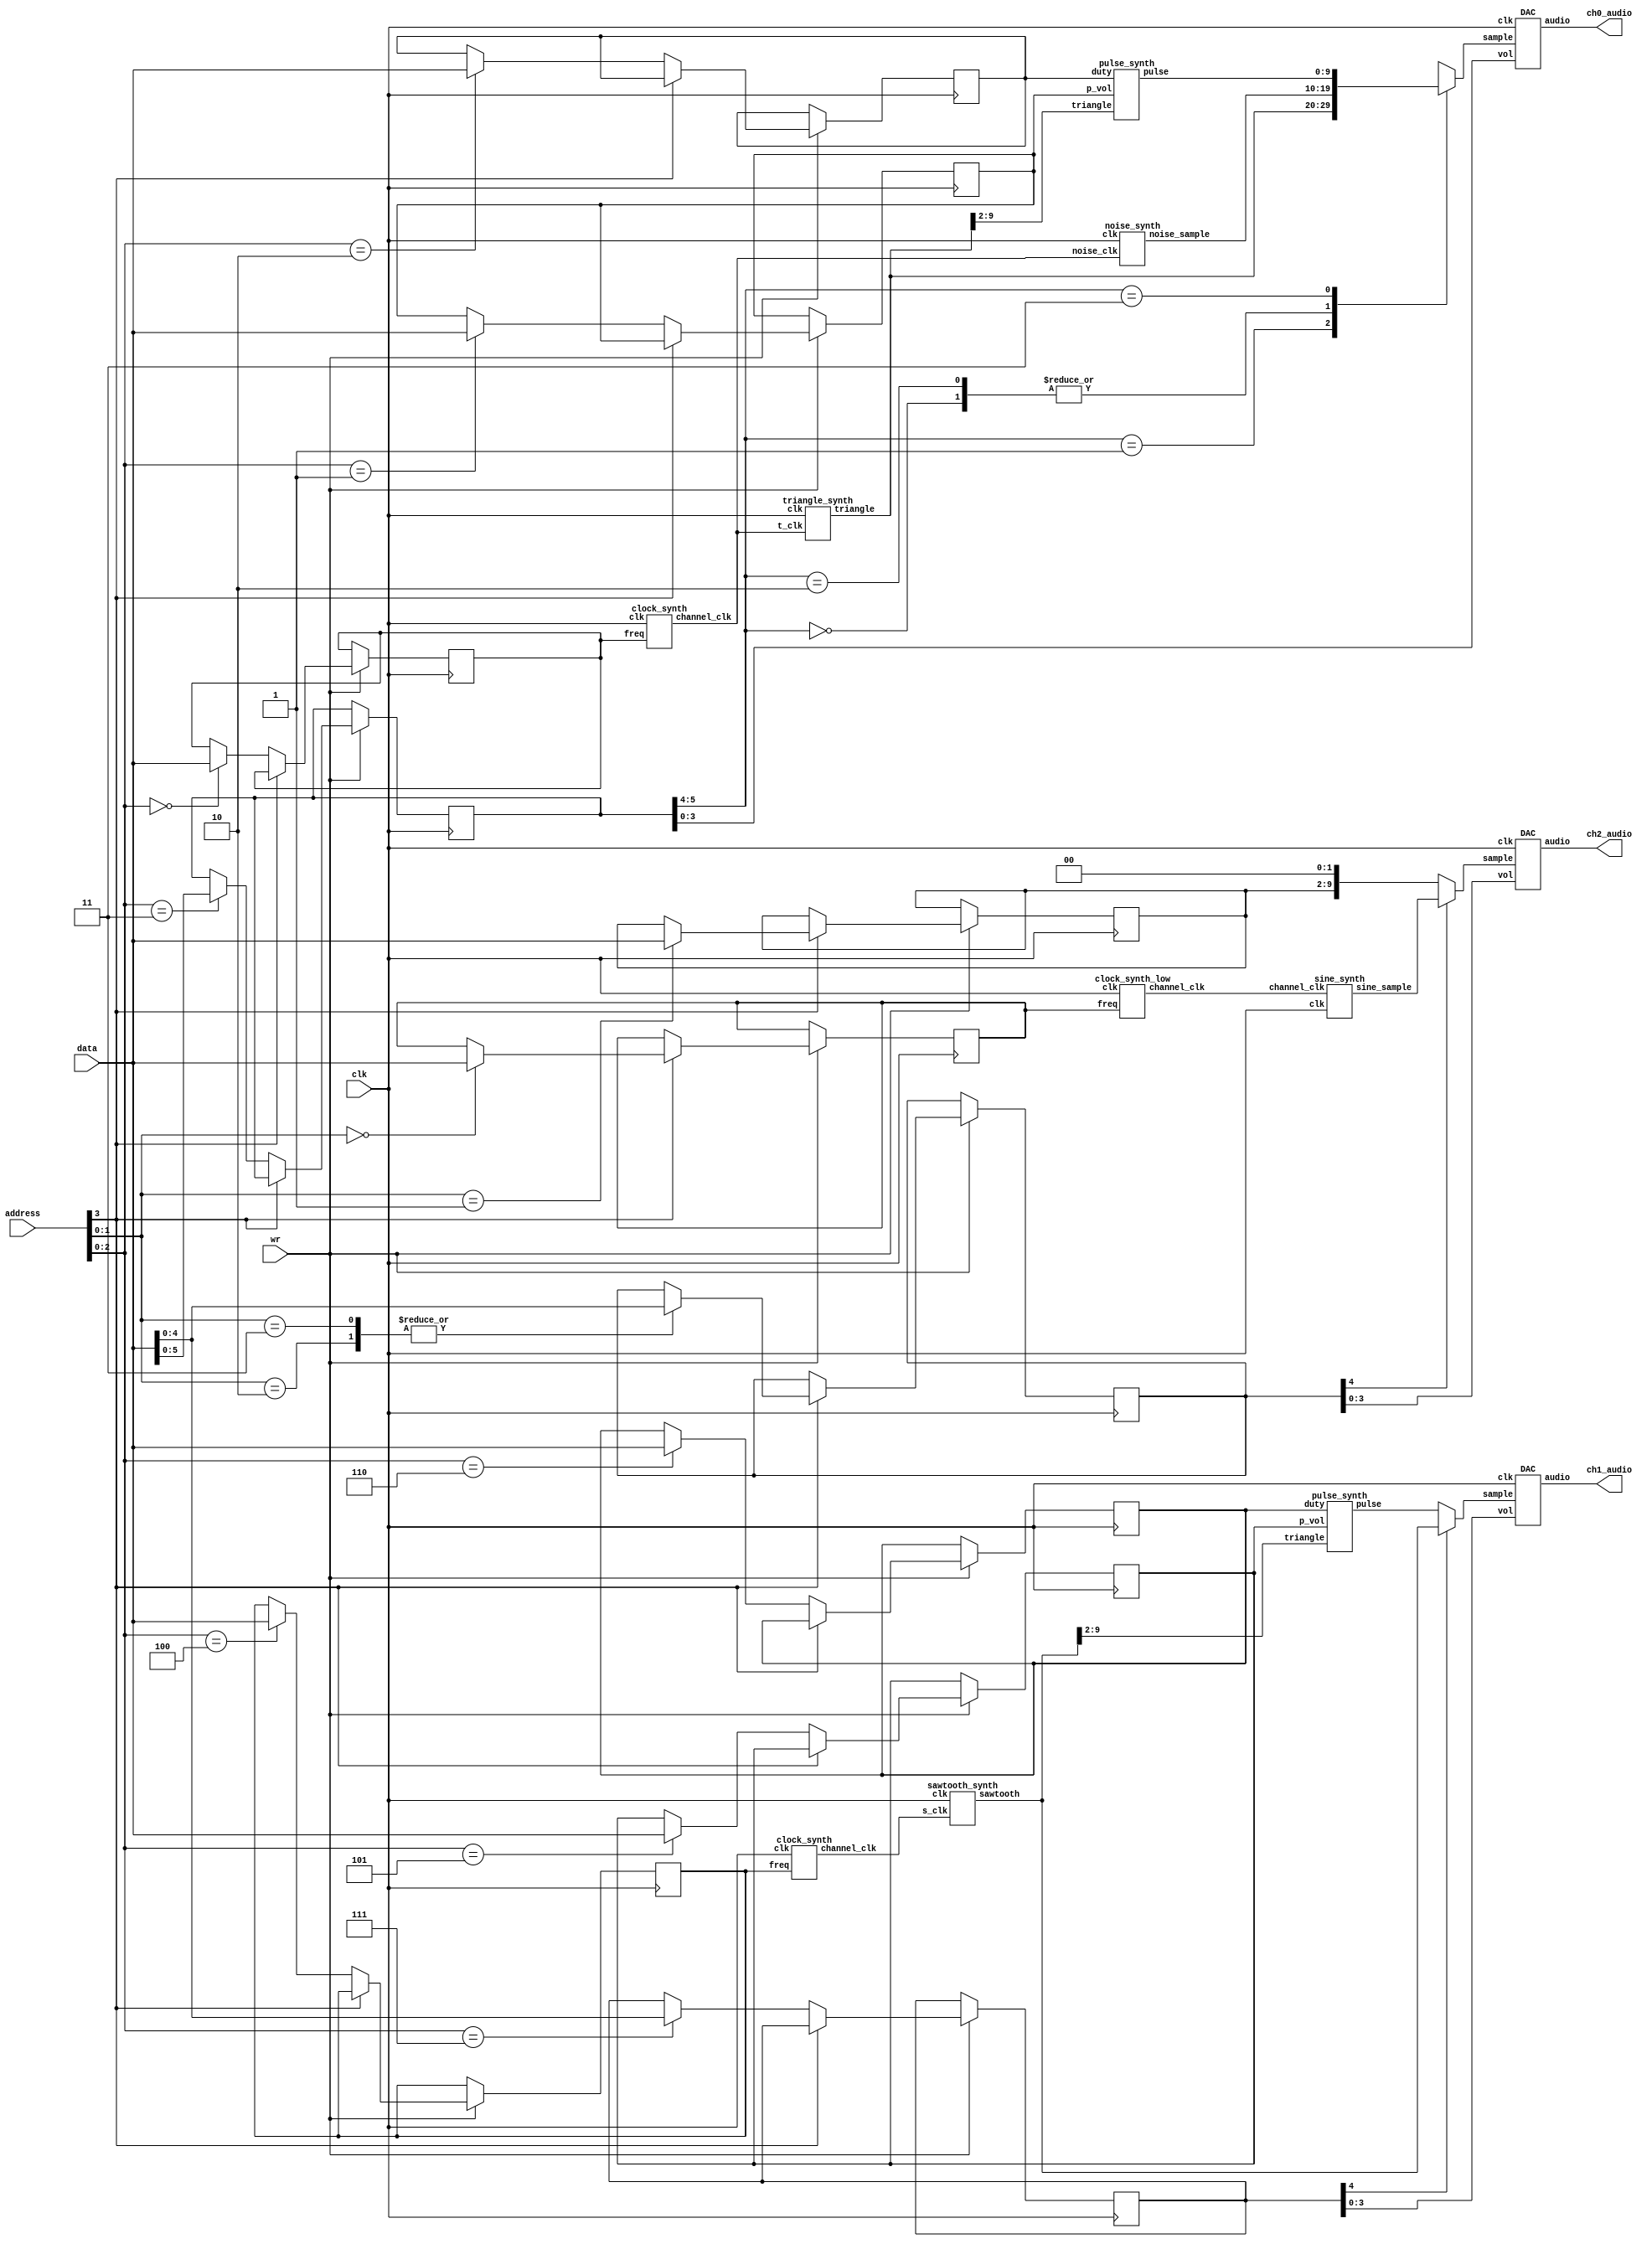
module top_level(input wire clk, input wire[7:0] data, input wire[3:0] address, input wire wr, output wire[3:0] ch0_audio, ch1_audio, ch2_audio);
reg[9:0] active_sample0;
reg[9:0] active_sample1;
reg[9:0] active_sample2;
wire[9:0] triangle_sample;
wire[9:0] sawtooth_sample;
wire[9:0] noise_sample;
wire[9:0] ch0_pulse_sample;
wire[9:0] ch1_pulse_sample;
wire[9:0] sine_sample;
wire channel0_clk;
wire channel1_clk;
wire channel2_clk;
reg[7:0] ch0_freq;
reg[7:0] ch0_p_vol;
reg[7:0] ch0_duty;
reg[5:0] ch0_ctrl;
reg[7:0] ch1_freq;
reg[7:0] ch1_p_vol;
reg[7:0] ch1_duty;
reg[4:0] ch1_ctrl;
reg[7:0] ch2_freq;
reg[7:0] ch2_sample;
reg[4:0] ch2_ctrl;

always @(posedge clk)
begin
	if(wr)
	begin
		if(~address[3])
			case(address[2:0])
			3'b000: ch0_freq <= data;
			3'b001: ch0_p_vol <= data;
			3'b010: ch0_duty <= data;
			3'b011: ch0_ctrl <= data[5:0];
			3'b100: ch1_freq <= data;
			3'b101: ch1_p_vol <= data;
			3'b110: ch1_duty <= data;
			3'b111: ch1_ctrl <= data[4:0];
			endcase
		else
			case(address[1:0])
			2'b00: ch2_freq <= data;
			2'b01: ch2_sample <= data;
			2'b10: ch2_ctrl <= data[4:0];
			2'b11: ch2_ctrl <= data[4:0];
			endcase
	end
end

always @(*)
begin
	case(ch0_ctrl[5:4])
	2'b00: active_sample0 = noise_sample;
	2'b01: active_sample0 = triangle_sample;
	2'b10: active_sample0 = noise_sample;
	2'b11: active_sample0 = ch0_pulse_sample;
	endcase
	if(ch1_ctrl[4])
		active_sample1 = sawtooth_sample;
	else
		active_sample1 = ch1_pulse_sample;
	if(ch2_ctrl[4])
		active_sample2 = sine_sample;
	else
		active_sample2 = {ch2_sample, 2'b00};
end

clock_synth csynth0(.clk(clk), .freq(ch0_freq), .channel_clk(channel0_clk));
DAC DAC0_inst(.sample(active_sample0), .clk(clk), .vol(ch0_ctrl[3:0]), .audio(ch0_audio));
triangle_synth tsynth0(.clk(clk), .t_clk(channel0_clk), .triangle(triangle_sample));
pulse_synth psynth0(.duty(ch0_duty), .triangle(triangle_sample[9:2]), .p_vol(ch0_p_vol), .pulse(ch0_pulse_sample));
noise_synth nsynth0(.clk(clk), .noise_clk(channel0_clk), .noise_sample(noise_sample));

clock_synth csynth1(.clk(clk), .freq(ch1_freq), .channel_clk(channel1_clk));
DAC DAC1_inst(.sample(active_sample1), .clk(clk), .vol(ch1_ctrl[3:0]), .audio(ch1_audio));
sawtooth_synth ssynth1(.clk(clk), .s_clk(channel1_clk), .sawtooth(sawtooth_sample));
pulse_synth psynth1(.duty(ch1_duty), .triangle(sawtooth_sample[9:2]), .p_vol(ch1_p_vol), .pulse(ch1_pulse_sample));

clock_synth_low csynth2(.clk(clk), .freq(ch2_freq), .channel_clk(channel2_clk));
DAC DAC2_inst(.sample(active_sample2), .clk(clk), .vol(ch2_ctrl[3:0]), .audio(ch2_audio));
sine_synth isynth2(.clk(clk), .channel_clk(channel2_clk), .sine_sample(sine_sample));
endmodule

module DAC(input wire[9:0]sample, input wire clk, input wire[3:0] vol, output wire[3:0] audio);
reg[9:0] DAC_counter;
reg comp_out;
assign audio = vol & {4{comp_out}};
always @(posedge clk)
begin
	DAC_counter <= DAC_counter + 10'd1;
end

always @(*)
begin
	comp_out = 1'b0;
	if(sample > DAC_counter)
		comp_out = 1'b1;
end
endmodule

module clock_synth(input wire clk, input wire[7:0] freq, output reg channel_clk);
reg[7:0] clk_count;
always @(posedge clk)
begin
	if(clk_count == freq)
	begin
		channel_clk <= 1'b1;
		clk_count <= 8'h0;
	end
	else
	begin
	channel_clk <= 1'b0;
	clk_count <= clk_count + 8'h1;
	end
end
endmodule

module clock_synth_low(input wire clk, input wire[7:0] freq, output reg channel_clk);
reg[9:0] clk_count;
always @(posedge clk)
begin
	if(clk_count[9:2] == freq)
	begin
		channel_clk <= 1'b1;
		clk_count <= 8'h0;
	end
	else
	begin
	channel_clk <= 1'b0;
	clk_count <= clk_count + 8'h1;
	end
end
endmodule

module triangle_synth(input wire clk, input wire t_clk, output reg[9:0] triangle);
reg counter_dir;
always @(posedge clk)
begin
	if(t_clk)
		triangle <= triangle + {{9{counter_dir}}, 1'b1};
	if(triangle == 10'd1023)
		counter_dir <= 1'b1;
	if(triangle == 10'd1)
		counter_dir <= 1'b0;
end
endmodule

module sawtooth_synth(input wire clk, input wire s_clk, output wire[9:0] sawtooth);
reg[10:0] sawtooth_counter;
always @(posedge clk)
begin
	if(s_clk)
		sawtooth_counter <= sawtooth_counter + 11'd1;
end
assign sawtooth = sawtooth_counter[10:1];
endmodule

module pulse_synth(input wire[7:0] duty, input wire[7:0] triangle, input wire[7:0] p_vol, output wire[9:0] pulse);
assign pulse = (duty > triangle) ? {p_vol, 2'b00} : 10'd0;
endmodule

module noise_synth(input wire rst, input wire clk, input wire noise_clk, output reg[9:0] noise_sample);
wire next_bit;
reg[9:0] s_reg;
reg[3:0] cycle_count;
assign next_bit = s_reg[3] ^ s_reg[0];
always @(posedge clk)
begin
	if(noise_clk)
	begin
		s_reg <= {next_bit, s_reg[9:1]};
		if(cycle_count == 4'd9)
		begin
			cycle_count <= 4'h0;
			noise_sample <= s_reg;
		end
		else
			cycle_count <= cycle_count + 4'h1;
	end
end
endmodule

module sine_synth(input wire clk, input wire channel_clk, output wire[9:0] sine_sample);
reg[7:0] triangle;
reg direction;
reg[13:0] integral;
always @(posedge clk)
begin
	if(channel_clk)
	begin
		triangle <= triangle + {{7{direction}}, 1'b1};
		if(triangle == 8'd126)
			direction <= 1'b1;
		if(triangle == 8'h82)
			direction <= 1'b0;
		integral <= integral + {{6{triangle[7]}}, triangle};
	end
end
assign sine_sample = integral[13:4];
endmodule